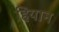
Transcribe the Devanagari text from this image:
हियान